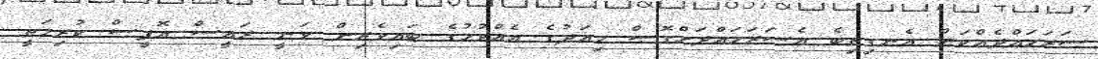
ސަރަހައްދެއްކަން އެނގިތިބެ އެސަރަހައްދަށްގޮސް މިއަދުގެ އެއްވުމުގެ ބައިވެރިން ވަނީ ރައީސް އޮފީސް ކުރިމަތީ